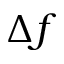
\Delta f